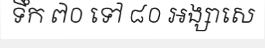
ទឹក ៧០ ទៅ ៨០ អង្សាសេ